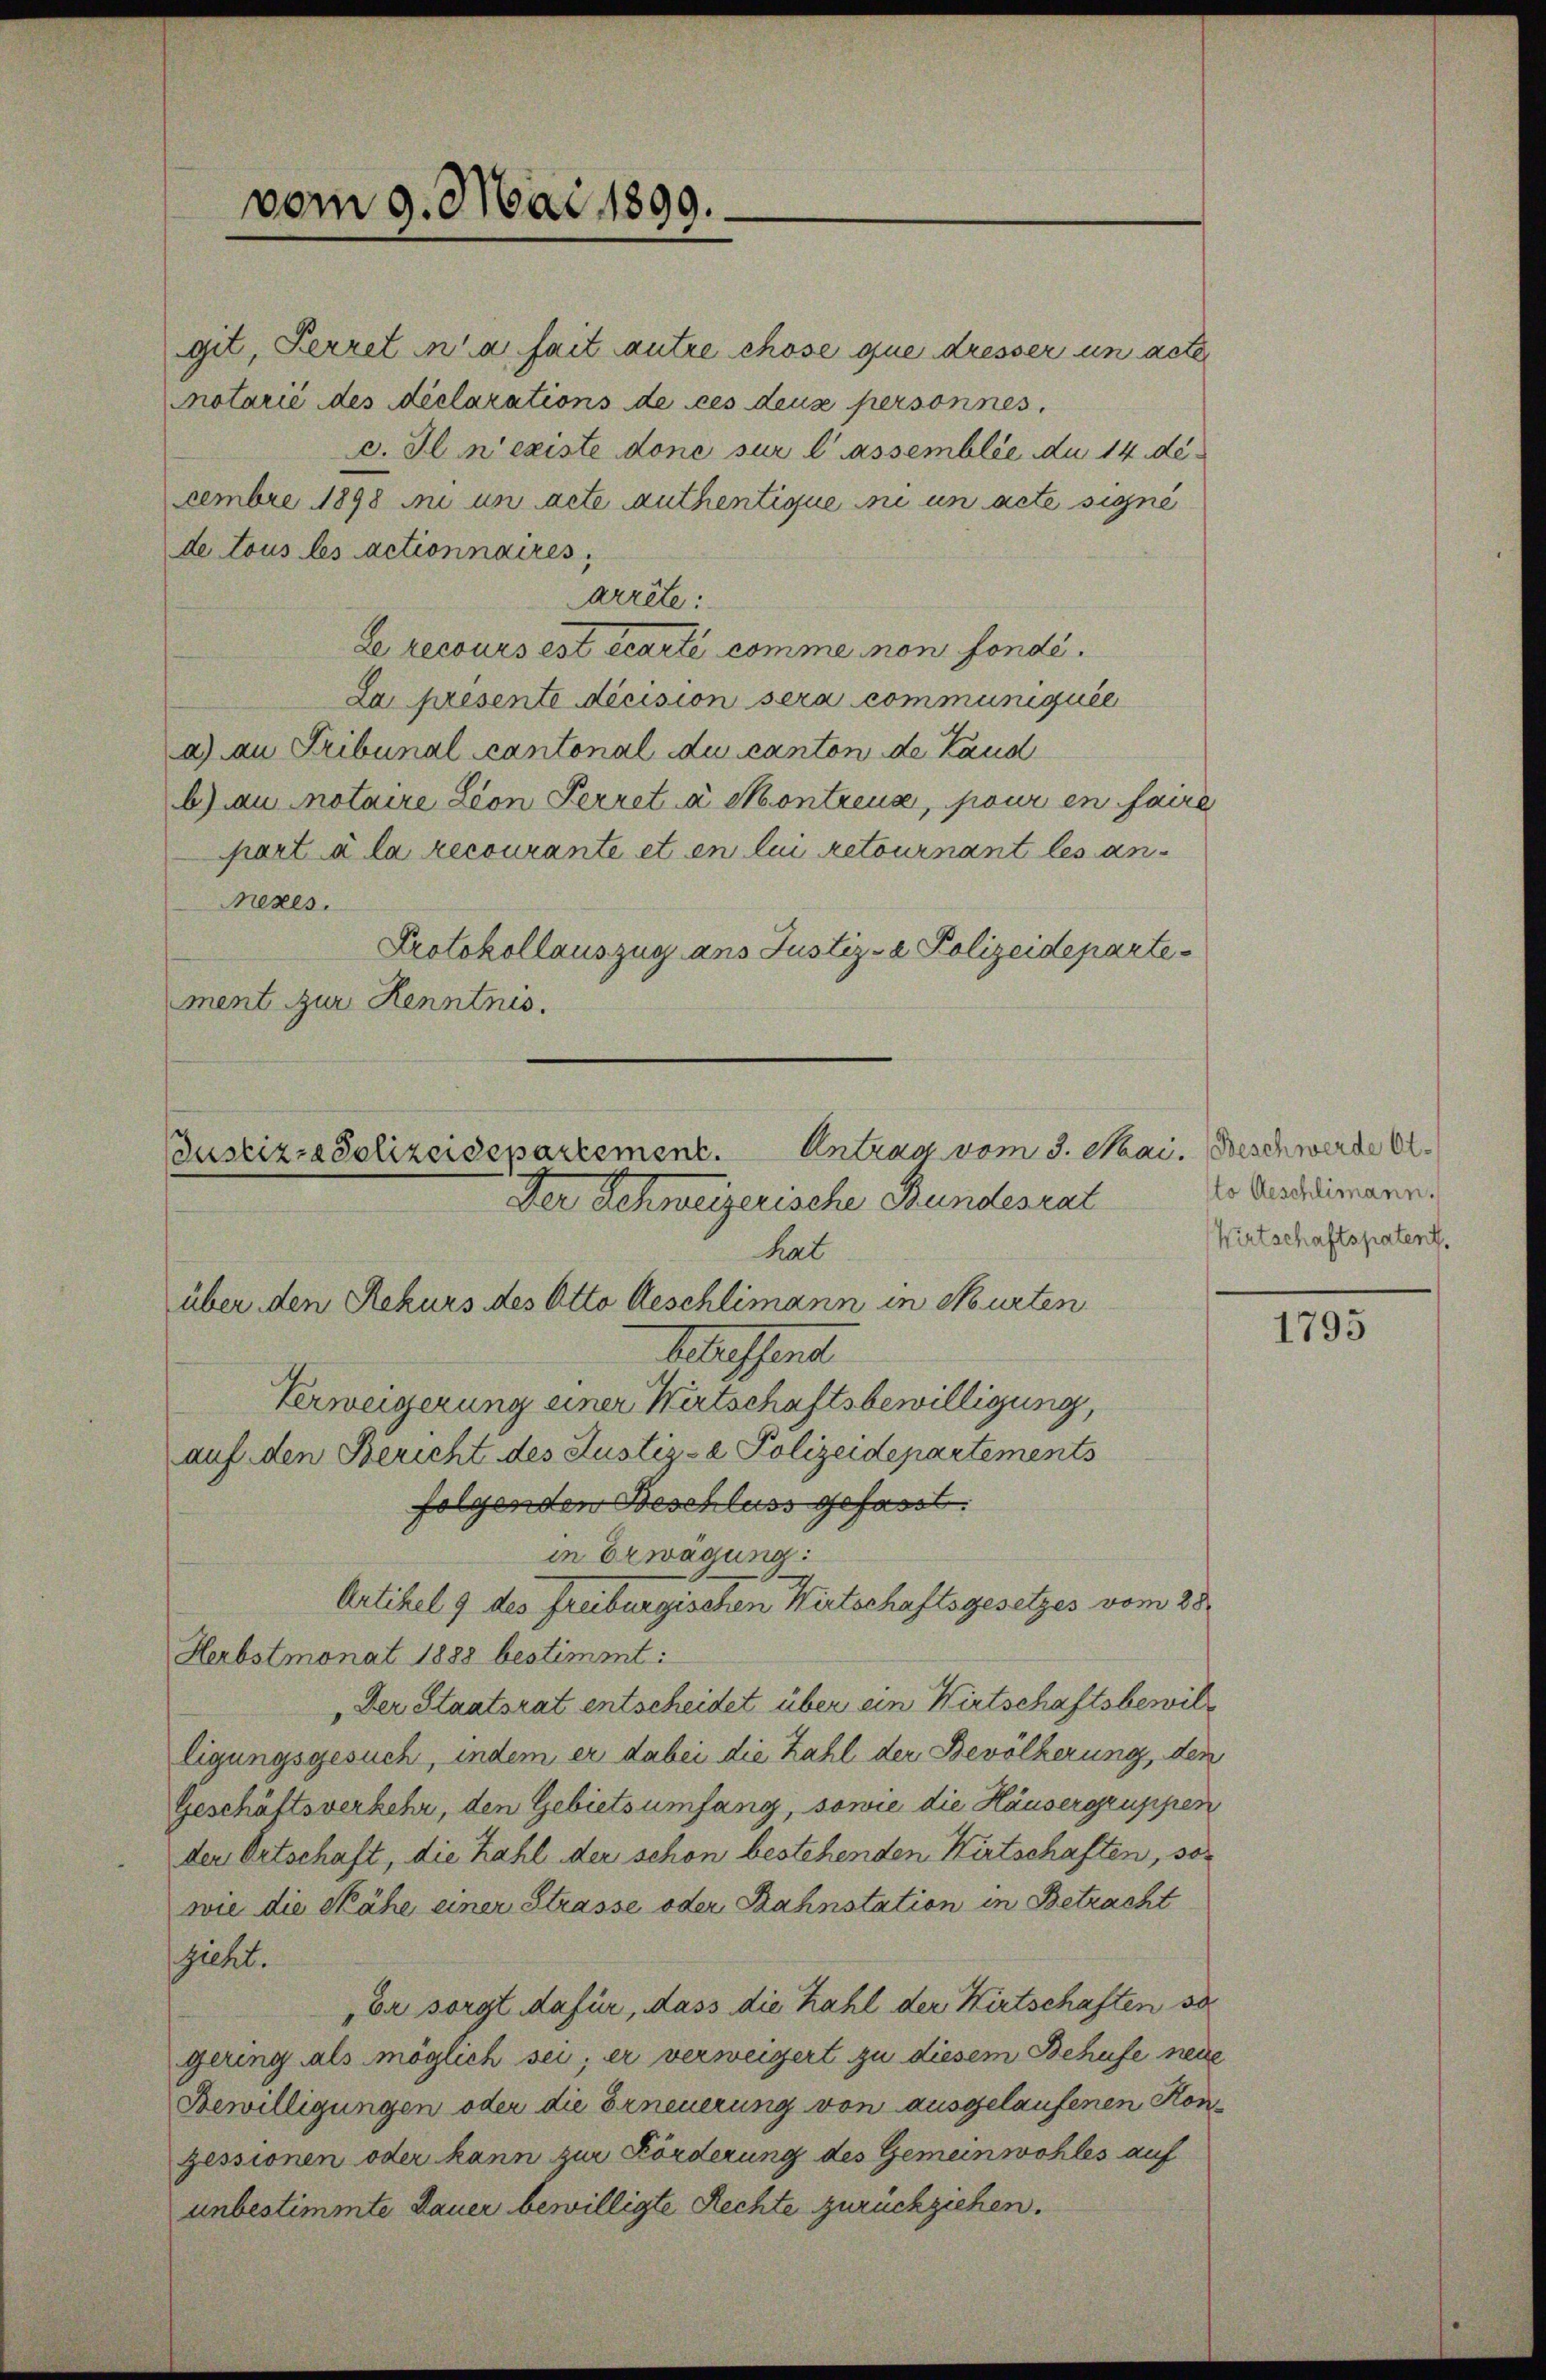
git, Herret in a fait autre chose que dresser un acte
otarié des déclarations de ces deux personnes.
c. Il n’existe done sur lassemblée du 14 de
cembre 1898 ini un acte authentique ni un acte signé
de tous les actionnaires,
arrête:
Le recours est écarte comme non fonde¬
La presenté décision sera communiquée
a) au Tribunal cantonal du canton de Land
b) au notaire Leon Perret à Montreux, pour en faire
part à la recourante et en lui retournant les annezes.
Protokollauszug ans Justiz- & Polizeidepartement zur Kenntnis.

Justiz-Polizeidepartement. Antrag vom 3. Mai. Beschwerde Ot
Der Schweizerische Bundesrat
hat
über den Rekurs des Otto Aeschlimann in Murten

vom 9. Mai 1899.

belassent
Verweigerung einer Wirtschaftsbewilligung,
auf den Bericht des Justiz- & Polizeidepartements
folgenden Beschluss gefasst:
in Erwägung:
Artikel 9 des Freiburgischen Wirtschaftsgesetzes vom 28.
Herbstmonat 1888 bestimmt:
Der Staatsrat entscheidet über ein Wirtschaftsbewilligungsgesuch, indem er dabei die Zahl der Bevölkerung, den
Geschäftsverkehr, den Gebietsumfang, sowie die Häusergruppen
den Ortschaft, die Zahl der schon bestehenden Wirtschaften, sowie die Stähe einer Strasse oder Bahnstation in Betracht
gieht.
Er sorgt dafür, dass die Kahl der Wirtschaften so
gering als möglich sei; er verweigert zu diesem Behufe neue
Bewilligungen oder die Erneuerung von ausgelaufenen Konzessionen oder kann zur Förderung des Gemeinwohles auf
unbestimmte Dauer bewilligte Rechte zurückziehen.

to Aeschlimann.
Wirtschaftspatent.

1795